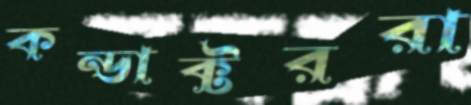
কন্ডাক্টররা